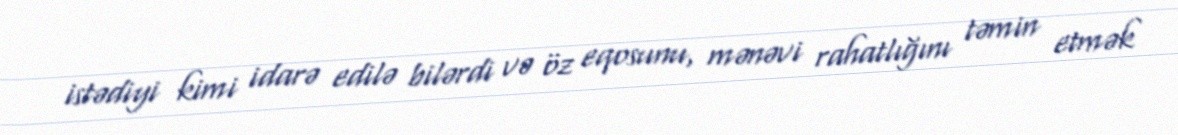
istədiyi kimi idarə edilə bilərdi və öz eqosunu, mənəvi rahatlığını təmin etmək